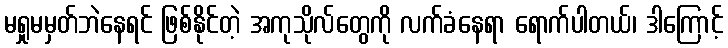
မရှုမမှတ်ဘဲနေရင် ဖြစ်နိုင်တဲ့ အကုသိုလ်တွေကို လက်ခံနေရာ ရောက်ပါတယ်၊ ဒါကြောင့်